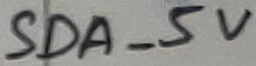
Text: SDA_5V